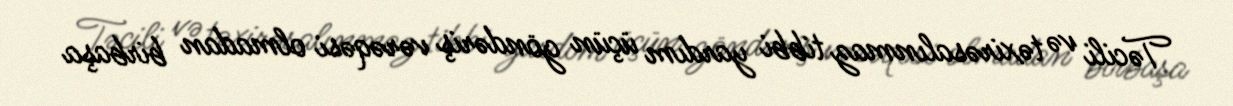
Təcili və təxirəsalınmaz tibbi yardım üçün göndəriş vərəqəsi olmadan birbaşa